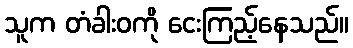
သူက တံခါးဝကို ငေးကြည့်နေသည်။